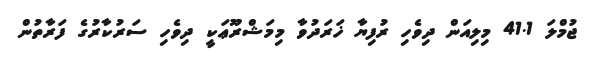
ޖުމްލަ 41.1 މިލިއަން ދިވެހި ރުފިޔާ ޚަރަދުވާ މިމަޝްރޫޢަކީ ދިވެހި ސަރުކާރުގެ ފަރާތުން